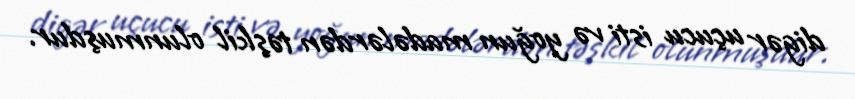
digər uçucu isti və yoğun madələrdən təşkil olunmuşdur.